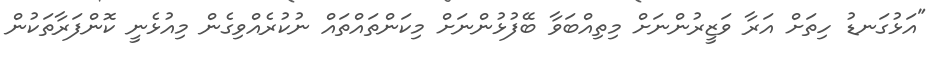
"އަޅުގަނޑު ހިތަށް އަރާ ވަޒީރުންނަށް މިތިއްބަވާ ބޭފުޅުންނަށް މިކަންތައްތައް ނުކުރެއްވިގެން މިއުޅެނީ ކޮންފަރާތަކުން